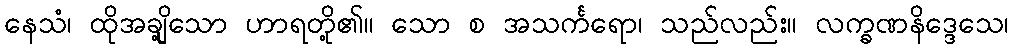
နေသံ၊ ထိုအချို့သော ဟာရတို့၏။ သော စ အသင်္ကရော၊ သည်လည်း။ လက္ခဏနိဒ္ဒေသေ၊